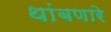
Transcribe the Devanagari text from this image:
थांबणारे